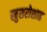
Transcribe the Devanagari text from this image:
खुसरोशाह